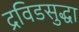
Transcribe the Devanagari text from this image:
द्रविडसुद्धा